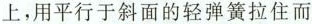
上，用平行于斜面的轻弹簧拉住而